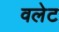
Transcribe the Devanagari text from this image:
वलेट